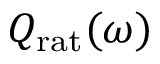
Q _ { \mathrm { r a t } } ( \omega )